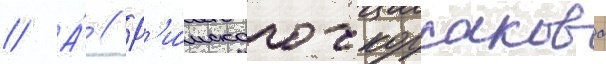
// А́ // Р'и́мского-корсакова